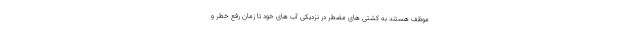
موظف هستند به کشتی های مضطر در نزدیکی آب های خود تا زمان رفع خطر و